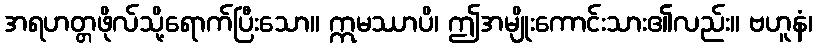
အရဟတ္တဖိုလ်သို့ရောက်ပြီးသော။ ဣမဿာပိ၊ ဤအမျိုးကောင်းသား၏လည်း။ ဗဟူနံ၊